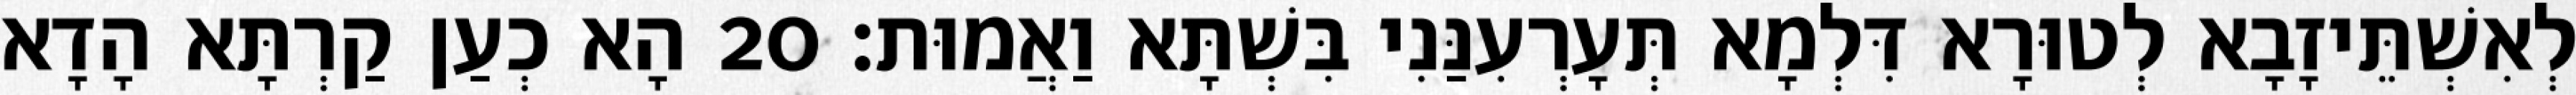
לְאִשְׁתֵּיזָבָא לְטוּרָא דִּלְמָא תְּעָרְעִנַּנִי בִּשְׁתָּא וַאֲמוּת׃ 20 הָא כְעַן קַרְתָּא הָדָא